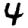
Digit: 4